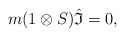
\begin{gather*}m(1\otimes{S}){\hat{\mathfrak{I}}}=0,\end{gather*}